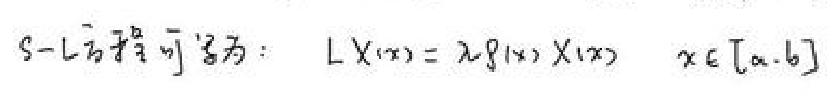
\[
S - L\left[\hat{\phi}\right]^{\alpha}_{\beta}\text{ 方程为：}L\chi(x)=\lambda f(x)\chi(x)\quad x\in[a,b]
\]